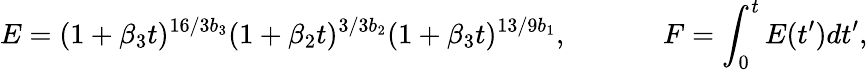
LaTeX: E=(1+\beta_{3}t)^{16/3b_{3}}(1+\beta_{2}t)^{3/3b_{2}}(1+\beta_{3}t)^{13/9b_{1}},\; \; \; \; \; \; \; \; \; \; \; \; F=\int_{0}^{t}E(t^{\prime})dt^{\prime},